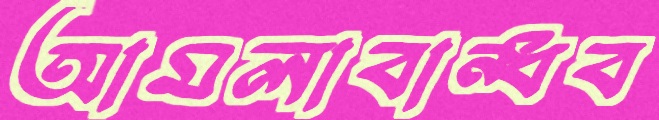
আমলাবান্ধব